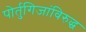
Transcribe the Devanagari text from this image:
पोर्तुगिजांविरुद्ध